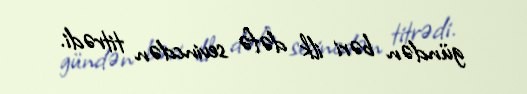
gündən bəri ilk dəfə sevincdən titrədi.